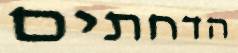
הדחתים